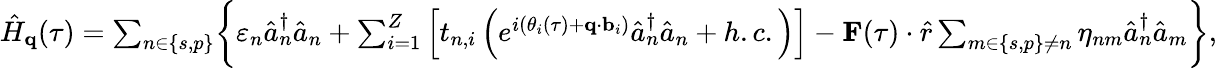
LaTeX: \begin{array}{r}{\hat{H}_{\textbf{q}}(\tau)=\sum_{n\in\{ s,p\} }\biggl\{ \varepsilon_{n}\hat{a}_{n}^{\dagger}\hat{a}_{n}+\sum_{i=1}^{Z}\left[t_{n,i}\left(e^{i(\theta_{i}(\tau)+\textbf{q}\cdot\textbf{b}_{i})}\hat{a}_{n}^{\dagger}\hat{a}_{n}+h.c.\right)\right]-\textbf{F}(\tau)\cdot\hat{r}\sum_{m\in\{ s,p\} \neq n}\eta_{nm}\hat{a}_{n}^{\dagger}\hat{a}_{m}\biggl\} ,}\end{array}